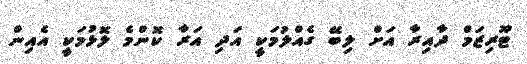
ޓޫރިޒަމް ދާއިރާ އަށް ލިބޭ ގެއްލުމަކީ އަދި އަރާ ކޮންމެ ލޮޅުމަކީ އެއިން